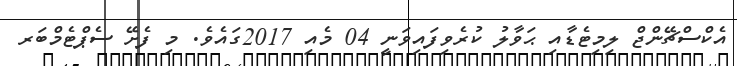
އެކްސްޗޭންޖް ލިމިޓެޑާއި ޙަވާލު ކުރެވިފައިވަނީ 04 މެއި 2017ގައެވެ. މި ފެށޭ ސެޕްޓެމްބަރ